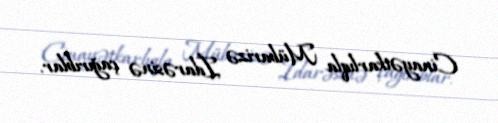
Cinayətkarlıqla Mübarizə İdarəsinə çağırıblar.